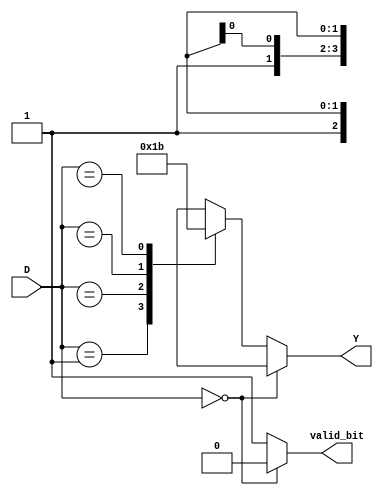
module Priority_Encoder_behavioral(
  input [3:0] D,
  output reg [1:0] Y,
  output reg valid_bit
);
  always @(*) begin
    if(D == 0) begin
      Y = 2'bxx;
      valid_bit = 1'b0;
    end else begin
      valid_bit = 1'b1;
      case (D)
        4'b0001: Y = 2'b00;
        4'b001x: Y = 2'b01;
        4'b01xx: Y = 2'b10;
        4'b1xxx: Y = 2'b11;
        default: Y = 2'bxx;
      endcase
    end
  end
endmodule